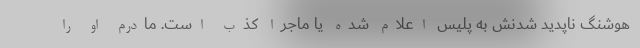
هوشنگ ناپدید شدنش به پلیس اعلام شده یا ماجرا کذب است. مادرم او را